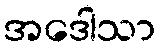
အဒေါသာ